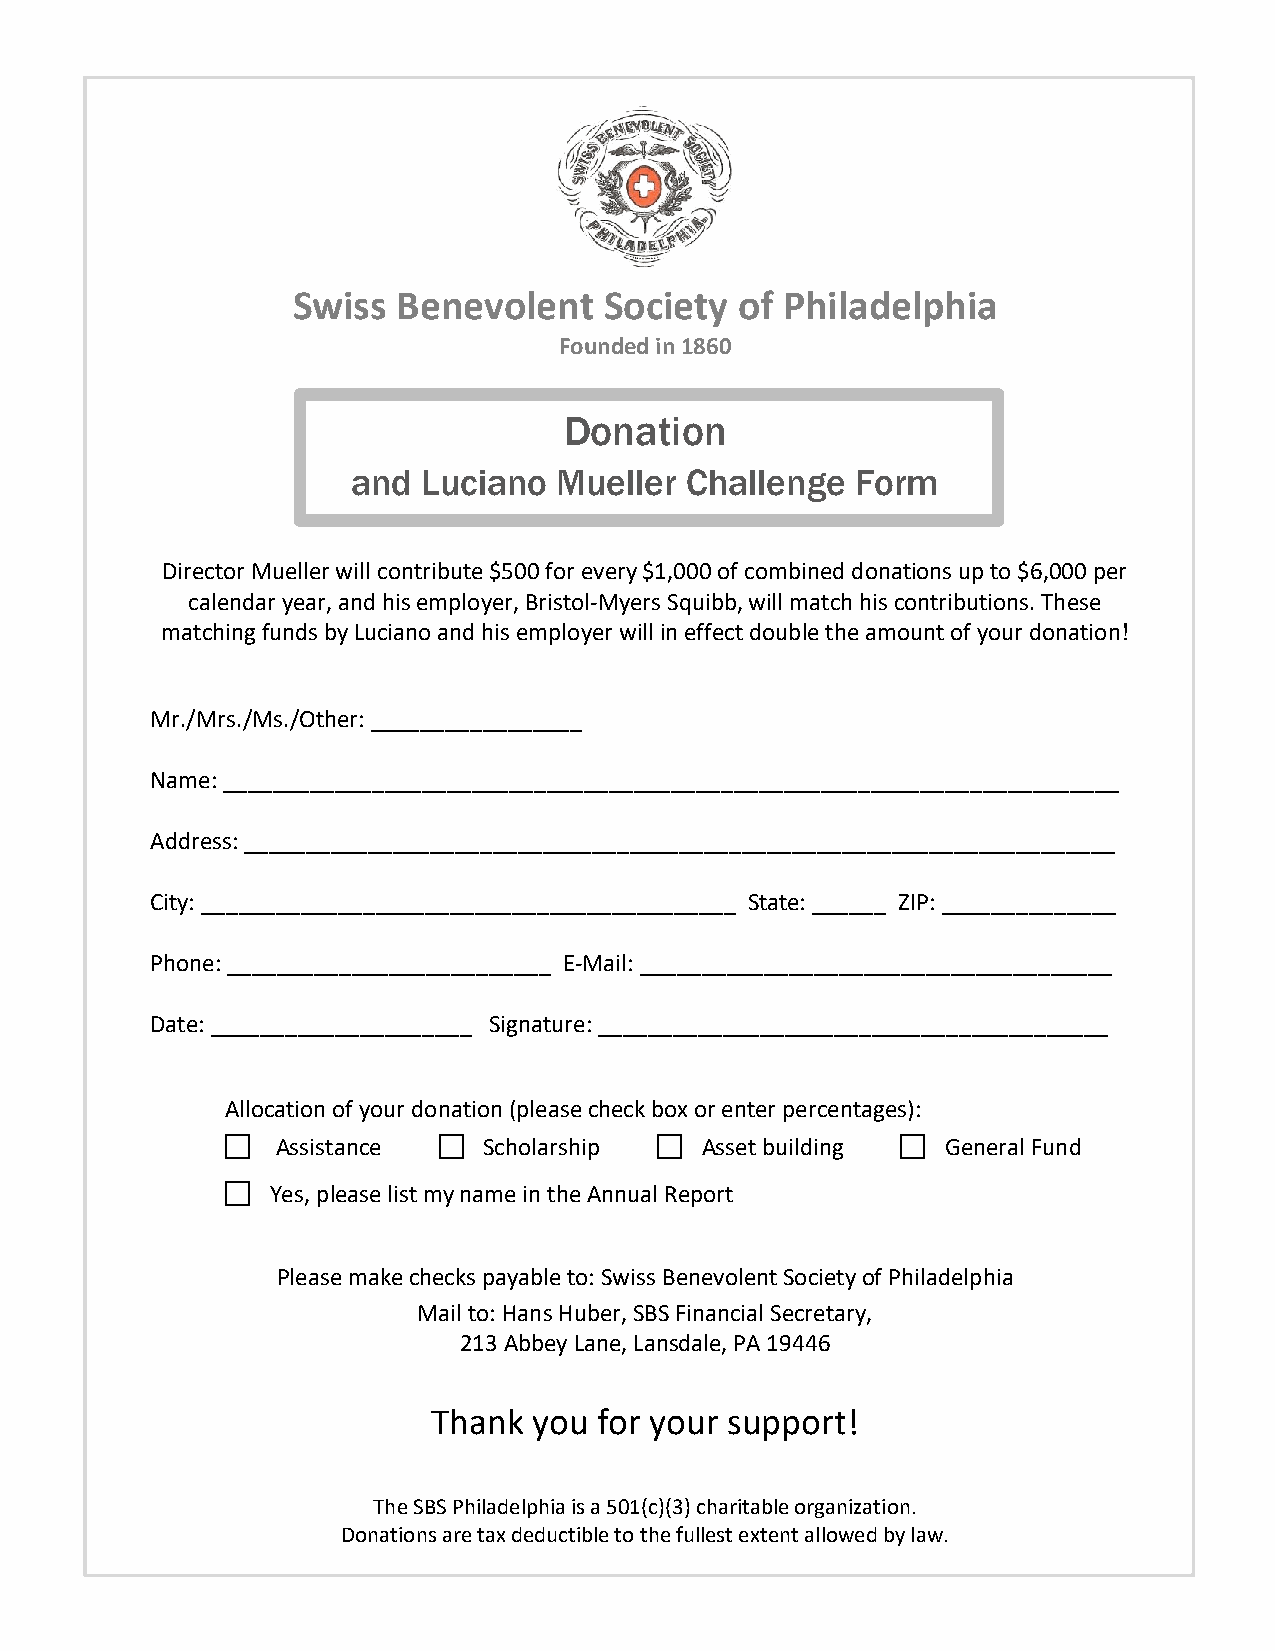
Swiss  Benevolent    Society  of Philadelphia
 Founded in 1860
 Donation
 and  Luciano  Mueller Challenge   Form
 Director Mueller will contribute $500 for every $1,000 of combined donations up to $6,000 per
 calendar year, and his employer, Bristol-Myers Squibb, will match his contributions. These
 matching funds by Luciano and his employer will in effect double the amount of your donation!
 Mr./Mrs./Ms./Other: _________________
 Name: ________________________________________________________________________
 Address: ______________________________________________________________________
 City: ___________________________________________ State: ______ ZIP: ______________
 Phone: __________________________ E-Mail: ______________________________________
 Date: _____________________ Signature: _________________________________________
 Allocation of your donation (please check box or enter percentages):
 □             □             □                □
 Assistance    Scholarship   Asset building   General Fund
 □
 Yes, please list my name in the Annual Report
 Please make checks payable to: Swiss Benevolent Society of Philadelphia
 Mail to: Hans Huber, SBS Financial Secretary,
 213 Abbey Lane, Lansdale, PA 19446
 Thank you  for your support!
 The SBS Philadelphia is a 501(c)(3) charitable organization.
 Donations are tax deductible to the fullest extent allowed by law.